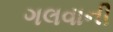
ગલવાની